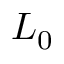
L _ { 0 }